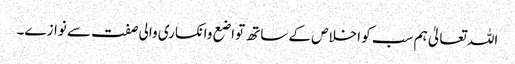
اللہ تعالیٰ ہم سب کو اخلاص کے ساتھ تواضع وانکساری والی صفت سے نوازے۔